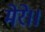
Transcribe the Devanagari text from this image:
मेरे।।